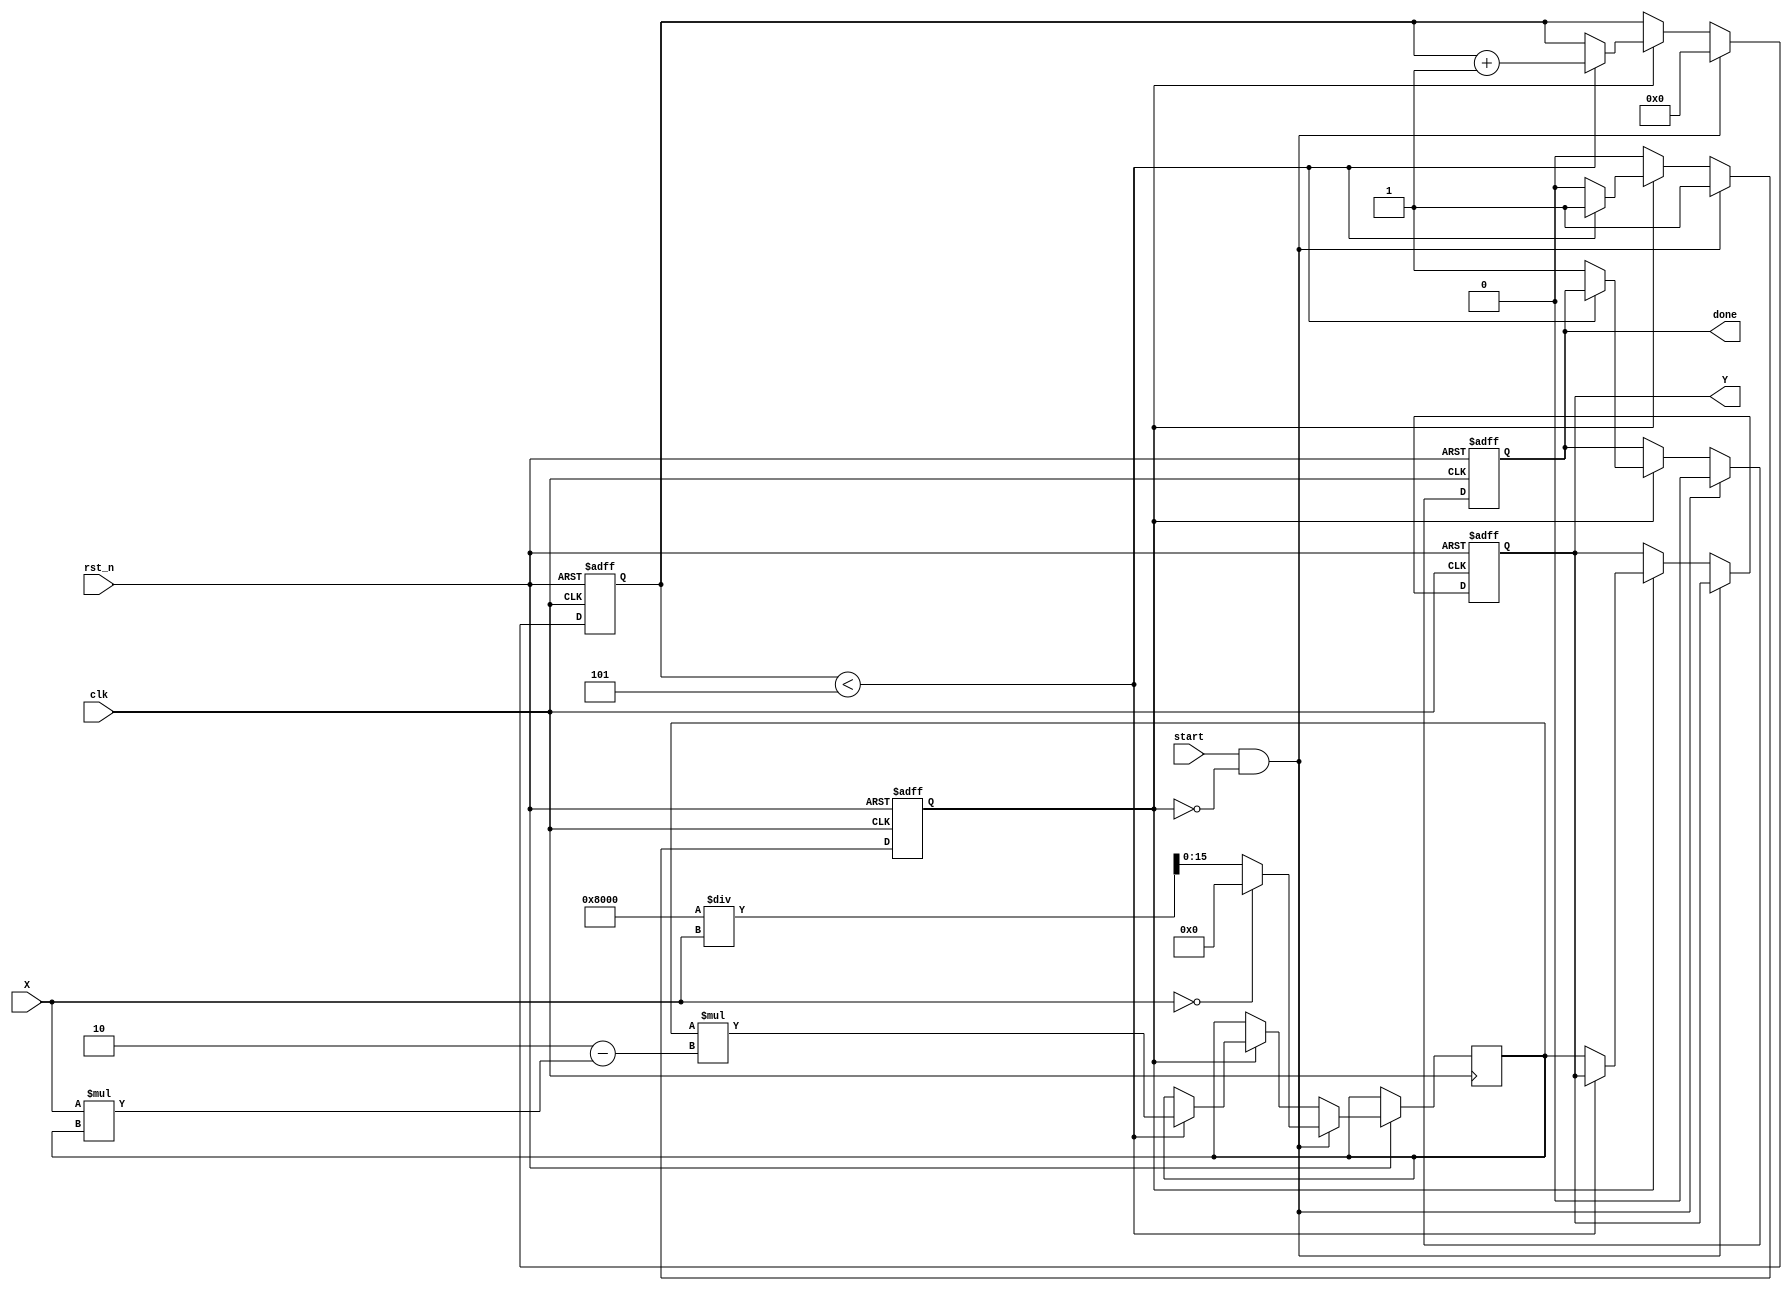
module iterative_reciprocal #(
    parameter WIDTH = 16,          // Input width
    parameter ITERATIONS = 5       // Number of iterations for convergence
)(
    input wire clk,                // Clock signal
    input wire rst_n,              // Active low reset
    input wire start,              // Start signal for computation
    input wire [WIDTH-1:0] X,      // Input value for which reciprocal is computed
    output reg [WIDTH-1:0] Y,      // Output reciprocal value
    output reg done                // Done signal indicating completion
);

    reg [WIDTH-1:0] Y_n;           // Current estimate of reciprocal
    reg [3:0] iteration_count;      // Iteration counter
    reg computing;                  // Flag to indicate computation in progress

    // Initial guess for the reciprocal
    wire [WIDTH-1:0] initial_guess = (X == 0) ? {WIDTH{1'b0}} : (1 << (WIDTH-1)) / X; // 1/X for initial guess

    always @(posedge clk or negedge rst_n) begin
        if (!rst_n) begin
            Y <= {WIDTH{1'b0}};
            done <= 1'b0;
            iteration_count <= 4'b0;
            computing <= 1'b0;
        end else if (start && !computing) begin
            // Start the computation
            Y_n <= initial_guess;
            iteration_count <= 4'b0;
            computing <= 1'b1;
            done <= 1'b0;
        end else if (computing) begin
            if (iteration_count < ITERATIONS) begin
                // Update the estimate using Newton-Raphson formula
                Y_n <= Y_n * (2 - X * Y_n);
                iteration_count <= iteration_count + 1;
            end else begin
                // Finished computation
                Y <= Y_n;
                done <= 1'b1;
                computing <= 1'b0;
            end
        end
    end

endmodule